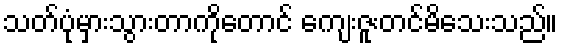
သတ်ပုံမှားသွားတာကိုတောင် ကျေးဇူးတင်မိသေးသည်။